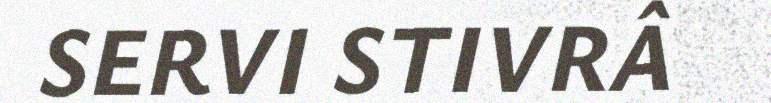
SERVI STIVRÂ